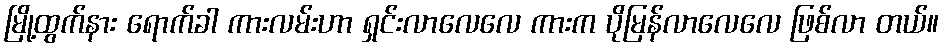
မြို့ထွက်နား ရောက်ခါ ကားလမ်းဟာ ရှင်းလာလေလေ ကားက ပိုမြန်လာလေလေ ဖြစ်လာ တယ်။